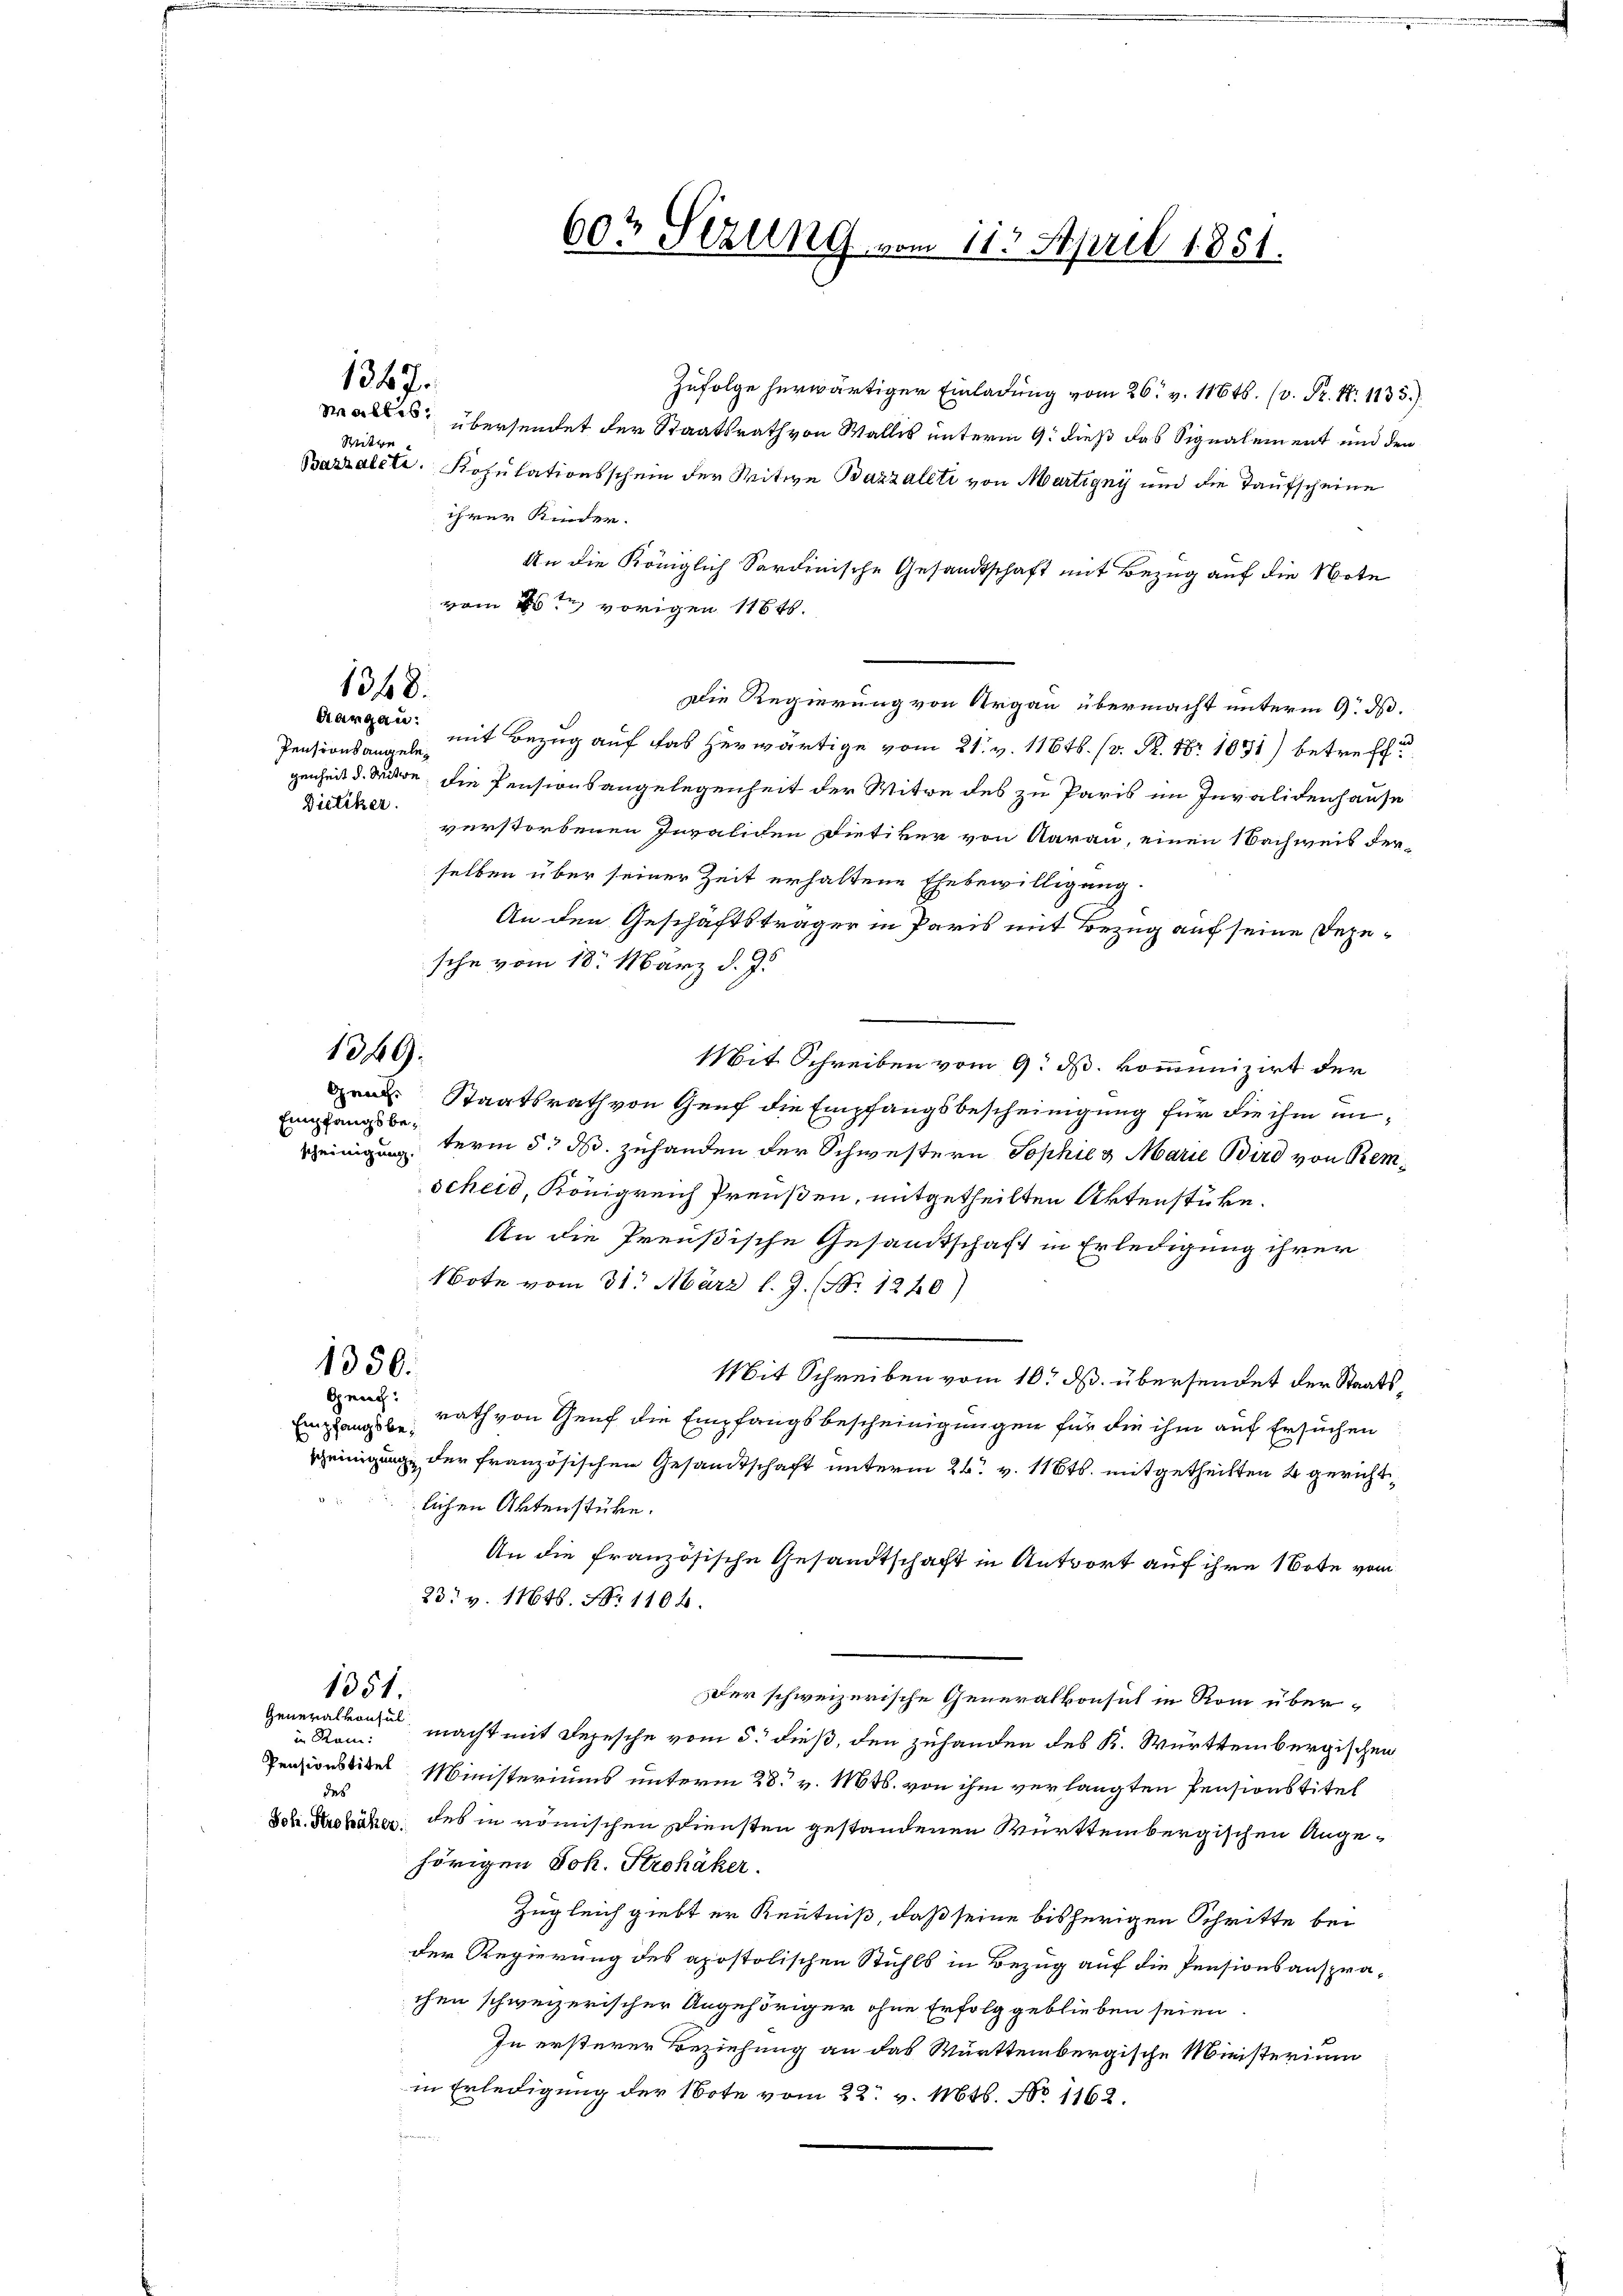
Dietiker.

Zufolge herwärtiger Einladung vom 26. v. 11646. (v. Fr. No. 1135.)
Maltes übersendet der Staatsrath von Wallis unterm 9. dieß das Signalement und den
Bazzalete. Rosulationsschein der Witwe Bazzaleti von Martigny und die Taufscheine
ihrer Kinder.
An die Königlich Sardinische Gesandtschaft mit Bezug auf die Note
vom 26ten vorigen 1184.
Die Regierung von Argau übermacht unterm 9. ds.
mit Bezug auf das herwärtige vom 21. v. 116ts. (v. K. Nr. 1031) betreffe
genheit d. Mite, die Pensionsangelegenheit der Witwe des zu Paris im Invalidenhause
verstorbenen Invaliden Dietiker von Aarau, einen 1 Bachweis derselben über seiner Zeit erhaltene Ehebewilligung:
An den Geschäftsträger in Paris mit Bezug auf seine Dezesche vom 18. März d. J.
Mit Schreiben vom 9. ds. kommunizirt der
 Staatsrath von Genf die Empfangsbescheinigung für die ihm un¬
Empfangsbe¬
Reinigung term 5. ds. zuhanden der Schwestern Sophie & Marie Bird von Kemscheid, Königreich Preußen, mitgetheilten Aktenstücke.
An die Preußische Gesamtschaft in Erledigung ihrer
Note vom 31. März l. J. (Nr. 1240)
1350.
Mit Schreiben vom 10. ds. übersendet der Staats¬
Gen.
Eingangs Rath von Genf die Empfangsbescheinigungen für die ihm auf Ersuchen
peinigung der französischen Gesandtschaft unterm 26. v. 116ts. mitgetheilten 2 gerichtlichen Aktenstücke.
An die französische Gesandtschaft in Antwort auf ihre Bote vom
23. v. 11648. No 1104.
1351.
Der schweizerische Generalkonsul in Rom über¬
Generalkonsul
in Ram:
macht mit Depesche vom 5. dieß, den zuhanden des K. Württembergischen
Peazionsider Ministeriums unterm 28. v. Mts. von ihm verlangten Pensionstitel
des
Der. Probähen, des in römischen Diensten gestandenen Württembergischen Angehörigen Joh. Strohäker.
Zugleich giebt er Kenntniß, daß seine bisherigen Schritte bei
der Regierung des apostolischen Stuhls in Bezug auf die Pensionsansprachen schweizerischer Angehöriger ohne Erfolg geblieben seien
In ersterer Beziehung an das Württembergische Ministerium
in Erledigung der Note vom 22. v. Mts. No 1162.

1349.

1347.

Sitte

1348.
Aargau:

Pensionsangele¬

603 Sizung vom 115. April 1851.